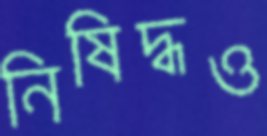
নিষিদ্ধও